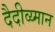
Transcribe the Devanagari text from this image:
दैदीव्य्मान